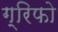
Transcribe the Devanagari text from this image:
ग्रिफो